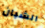
الشبان